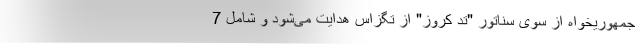
جمهوریخواه از سوی سناتور "تد کروز" از تگزاس هدایت می‌شود و شامل 7